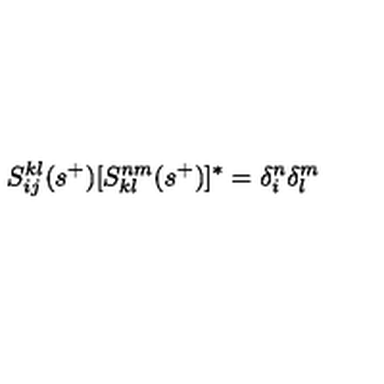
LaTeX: S _ { i j } ^ { k l } ( s ^ { + } ) [ S _ { k l } ^ { n m } ( s ^ { + } ) ] ^ { * } = \delta _ { i } ^ { n } \delta _ { l } ^ { m }